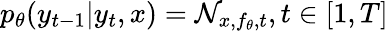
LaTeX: p_{\theta}(y_{t-1}|y_{t},x)=\mathcal{N}_{x,f_{\theta},t},t\in[1,T]